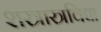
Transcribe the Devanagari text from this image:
शस्त्रास्त्रविद्या